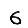
Digit: 6